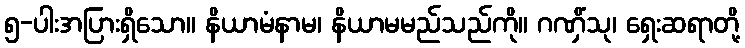
၅-ပါးအပြားရှိသော။ နိယာမံနာမ၊ နိယာမမည်သည်ကို။ ဂဏှိံသု၊ ရှေးဆရာတို့